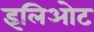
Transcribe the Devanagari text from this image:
इलिओट